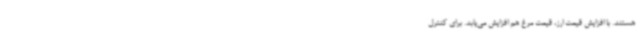
هستند. با افزایش قیمت ارز، قیمت مرغ هم افزایش می‌یابد. برای کنترل